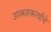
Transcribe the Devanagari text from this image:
उपकारकर्त्याचे